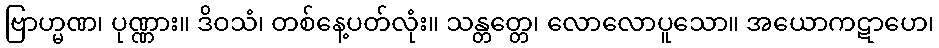
ဗြာဟ္မဏ၊ ပုဏ္ဏား။ ဒိဝသံ၊ တစ်နေ့ပတ်လုံး။ သန္တတ္တေ၊ လောလောပူသော။ အယောကဋာဟေ၊